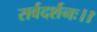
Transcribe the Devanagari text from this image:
सर्वदर्शनः।।